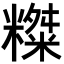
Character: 𥼨